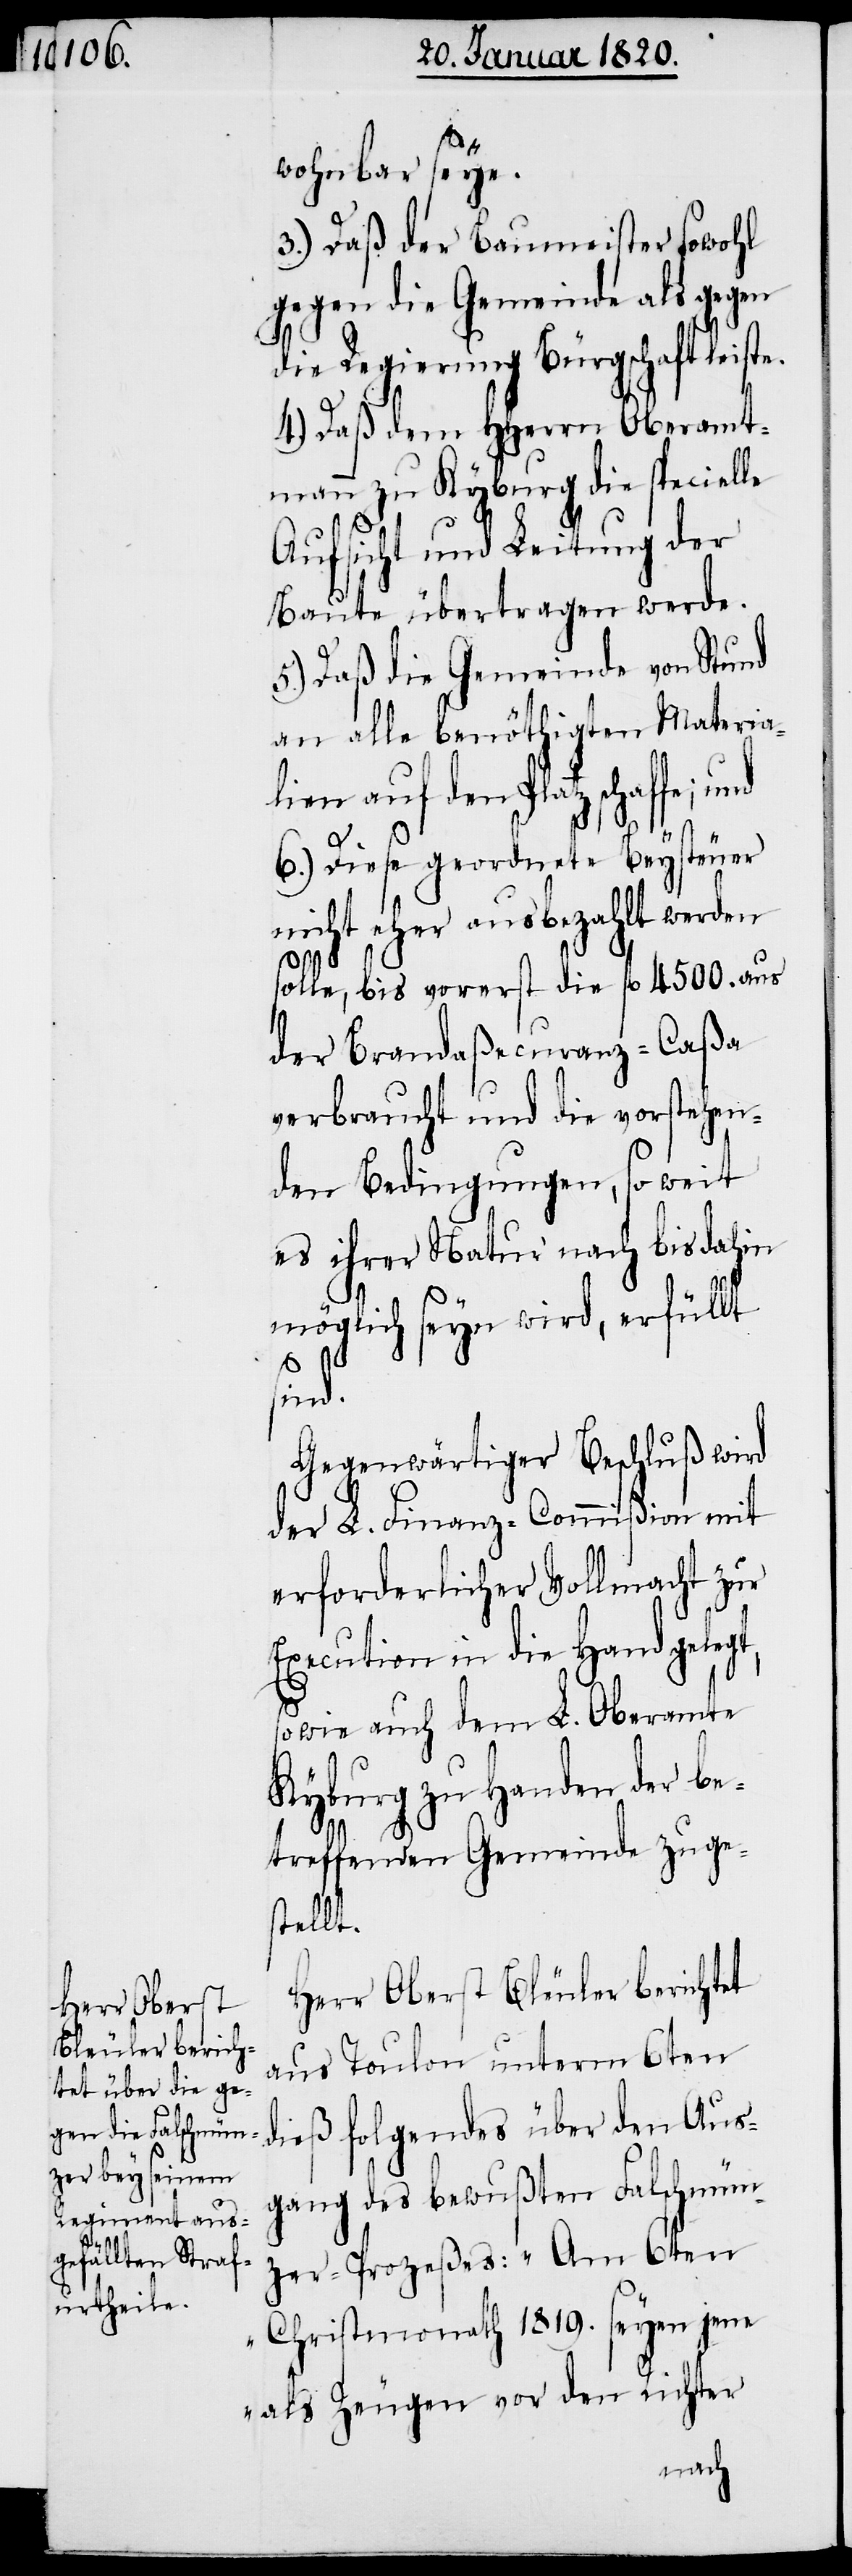
wohnbar seye.
3.) Daß der Baumeister sowohl
gegen die Gemeinde als gegen
die Regierung Bürgschaft leiste.
4.) Daß dem HHerrn Oberamt¬
mann zu Kyburg die specielle
Aufsicht und Leitung der
Baute übertragen werde.
5.) Daß die Gemeinde von Stund
an alle benöthigten Materia¬
lien auf den Platz schaffe;
6.) Diese geordnete Beysteuer
nicht eher ausbezahlt werden
solle, bis vorerst die fl. 4500. aus
der Brandaßecuranz-Caßa
verbraucht und die vorstehen¬
den Bedingungen, so weit
es ihrer Natur nach bis dahin
möglich seyn wird, erfüllt
sind.
Gegenwärtiger Beschluß wird
der L. Finanz-Commißion mit
erforderlicher Vollmacht zur
Execution in die Hand gelegt,
sowie auch dem L. Oberamte
Kyburg zu Handen der be¬
treffenden Gemeinde zuge¬
stellt.
Herr Oberst Bleuler berichtet
aus Toulon unterm 6ten
dieß folgendes über den Aus¬
gang des bewußten Falschmün¬
zer-Prozeßes: „Am 6ten
Christmonath 1819. seyen jene
als Zeugen vor den Richter